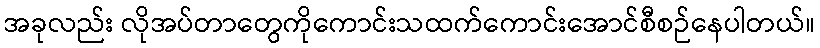
အခုလည်း လိုအပ်တာတွေကိုကောင်းသထက်ကောင်းအောင်စီစဉ်နေပါတယ်။